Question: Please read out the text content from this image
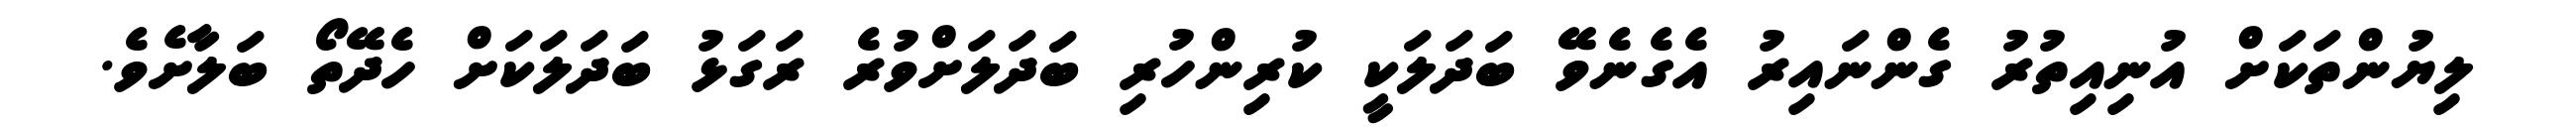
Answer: ލިޔުންތަކަށް އުނިއިތުރު ގެންނައިރު އެގެނެވޭ ބަދަލަކީ ކުރިންހުރި ބަދަލަށްވުރެ ރަގަޅު ބަދަލަކަށް ހެދޭތޯ ބަލާށެވެ.